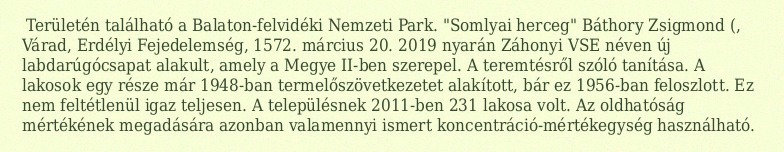
Területén található a Balaton-felvidéki Nemzeti Park. "Somlyai herceg" Báthory Zsigmond (, Várad, Erdélyi Fejedelemség, 1572. március 20. 2019 nyarán Záhonyi VSE néven új labdarúgócsapat alakult, amely a Megye II-ben szerepel. A teremtésről szóló tanítása. A lakosok egy része már 1948-ban termelőszövetkezetet alakított, bár ez 1956-ban feloszlott. Ez nem feltétlenül igaz teljesen. A településnek 2011-ben 231 lakosa volt. Az oldhatóság mértékének megadására azonban valamennyi ismert koncentráció-mértékegység használható.